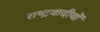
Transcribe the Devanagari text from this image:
राष्ट्रवादीयों